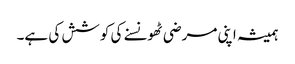
ہمیشہ اپنی مرضی ٹھونسنے کی کوشش کی ہے۔